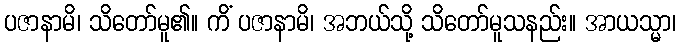
ပဇာနာမိ၊ သိတော်မူ၏။ ကိံ ပဇာနာမိ၊ အဘယ်သို့ သိတော်မူသနည်း။ အာယသ္မာ၊